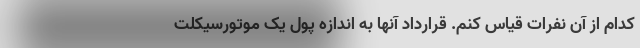
کدام از آن نفرات قیاس کنم. قرارداد آنها به اندازه پول یک موتورسیکلت